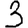
Digit: 3